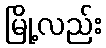
မြို့လည်း